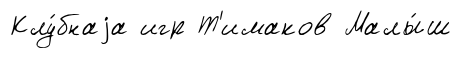
Клу́бнаjа игр Т'имаков Малы́ш